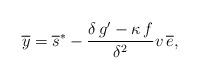
LaTeX: \begin{align*} \overline{y} = \overline{s}^* - \frac {\delta \, g' - \kappa \, f} {\delta ^ 2}v \, \overline{e}, \end{align*}